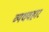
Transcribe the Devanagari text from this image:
व्यधवहार